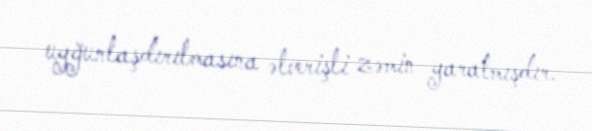
uyğunlaşdırılmasına əlverişli zəmin yaratmışdır.